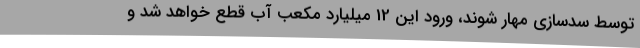
توسط سدسازی مهار شوند، ورود این 12 میلیارد مکعب آب قطع خواهد شد و